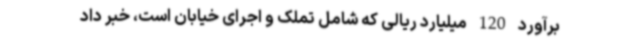
برآورد 120 میلیارد ریالی که شامل تملک و اجرای خیابان است، خبر داد